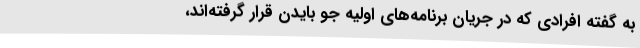
به گفته افرادی که در جریان برنامه‌های اولیه جو بایدن قرار گرفته‌اند،